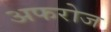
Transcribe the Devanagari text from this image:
अफरोज